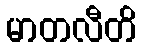
မာတလီတိ